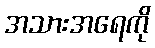
အသားအရေကို